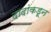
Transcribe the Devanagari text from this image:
दादांकडून